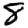
Digit: 8